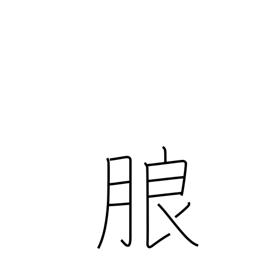
Meaning: distinct